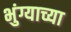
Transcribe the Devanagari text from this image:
भुंग्याच्या